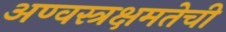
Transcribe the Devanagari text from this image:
अण्वस्त्रक्षमतेची